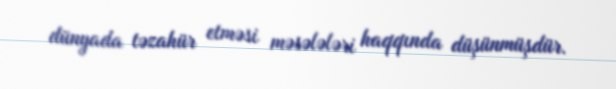
dünyada təzahür etməsi məsələləri haqqında düşünmüşdür.